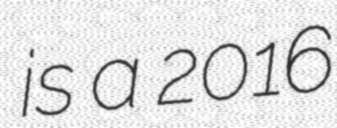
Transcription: is a 2016